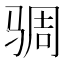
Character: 𮹋